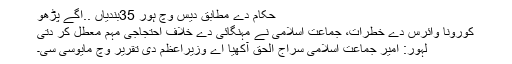
حکام دے مطابق دیس وچ ہور 35بندیاں ..اگے پڑھو
کورونا وائرس دے خطرات، جماعت اسلامی نے مہنگائی دے خلاف احتجاجی مہم معطل کر دتی
لہور: امیر جماعت اسلامی سراج الحق آکھیا اے وزیراعظم دی تقریر وچ مایوسی سی۔